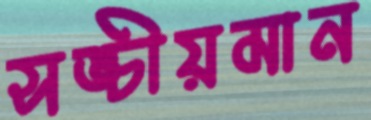
সঙ্চীয়মান